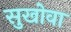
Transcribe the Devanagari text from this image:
सुखोवा